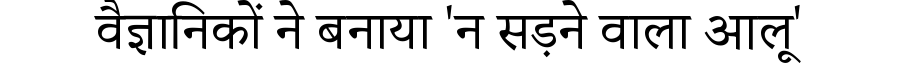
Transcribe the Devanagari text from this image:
वैज्ञानिकों ने बनाया 'न सड़ने वाला आलू'